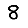
Digit: 8